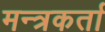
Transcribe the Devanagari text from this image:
मन्त्रकर्ता